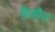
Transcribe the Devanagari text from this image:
हैगमैन